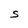
Character: S